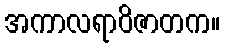
အကာလရာဝိဇာတက။